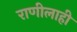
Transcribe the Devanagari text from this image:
राणीलाही